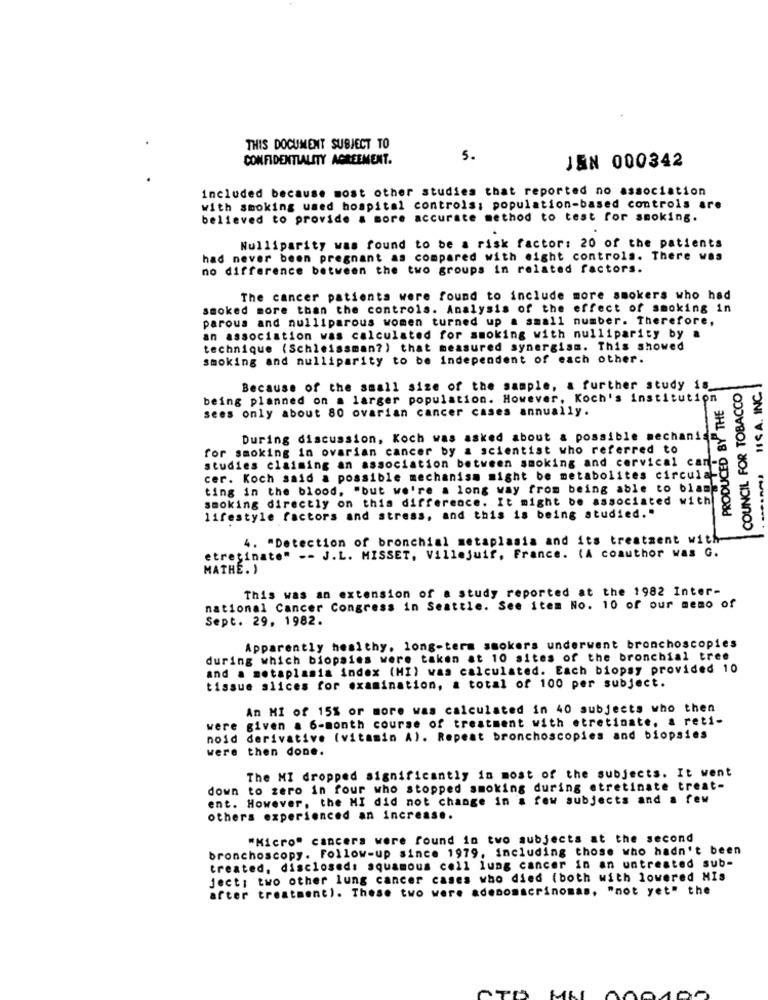
THIS DOCUMENT SUBJECT TO
CONFIDENTIALITY AGREEMENT.
5 .
JEN 000342
included because most other studies that reported no association
with smoking used hospital controls: population-based controls are
believed to provide a more accurate method to test for smoking.
Nulliparity was found to be a risk factor: 20 of the patients
had never been pregnant as compared with eight controls. There was
no difference between the two groups in related factors.
The cancer patients were found to include more smokers who had
smoked more than the controls. Analysis of the effect of smoking in
parous and nulliparous women turned up a small number. Therefore,
an association was calculated for smoking with nulliparity by a
technique (Schleissman? ) that measured synergism. This showed
smoking and nulliparity to be independent of each other.
COUNCIL FOR TOBACCO
IS A. INC.
Because of the small size of the sample, a further study is
being planned on a larger population. However, Koch's institution
HA AP THE
sees only about 80 ovarian cancer cases annually.
During discussion, Koch was asked about & possible mechanis
for smoking in ovarian cancer by a scientist who referred to
PRODUCED
studies claiming an association between smoking and cervical can-
cer. Koch said a possible mechanism might be metabolites circula
ting in the blood. "but we're a long way from being able to blame
smoking directly on this difference. It might be associated with
lifestyle factors and stress, and this is being studied."
4. "Detection of bronchial metaplasia and its treatment with
etretinate" -- J.L. MISSET, Villejuif, France. (A coauthor was G.
MATHE. )
This was an extension of a study reported at the 1982 Inter-
national Cancer Congress in Seattle. See item No. 10 of our memo of
Sept. 29, 1982.
Apparently healthy, long-term smokers underwent bronchoscopies
during which biopsies were taken at 10 sites of the bronchial tree
and a metaplasia index (MI) was calculated. Each biopsy provided 10
tissue slices for examination, a total of 100 per subject.
An MI of 15% or more was calculated in 40 subjects who then
were given a 6-month course of treatment with etretinate, a reti-
noid derivative (vitamin A). Repeat bronchoscopies and biopsies
were then done.
The MI dropped significantly in most of the subjects. It went
down to zero in four who stopped smoking during etretinate treat-
ent. However, the MI did not change in a few subjects and a few
others experienced an increase.
"Micro" cancers were found in two subjects at the second
bronchoscopy. Follow-up since 1979, including those who hadn't been
treated, disclosed: squamous cell lung cancer in an untreated sub-
jecti two other lung cancer cases who died (both with lowered MIS
after treatment). These two were adenomacrinomas, "not yet" the